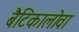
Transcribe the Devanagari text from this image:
बैटिकालोवा